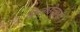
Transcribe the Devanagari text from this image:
फ़िलाडेल्फ़स